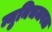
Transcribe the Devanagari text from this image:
म्युनिचजवळ